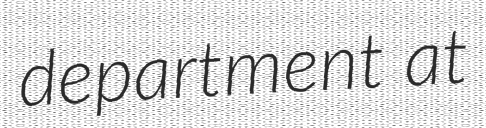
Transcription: department at